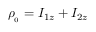
\rho _ { _ { 0 } } = I _ { 1 z } + I _ { 2 z }